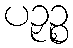
ပဉှဉ္စ